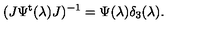
( J \Psi ^ { \mathrm { t } } ( \lambda ) J ) ^ { - 1 } = \Psi ( \lambda ) \delta _ { 3 } ( \lambda ) .